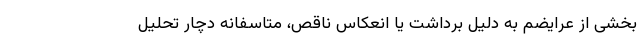
بخشی از عرایضم به دلیل برداشت یا انعکاس ناقص، متاسفانه دچار تحلیل